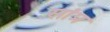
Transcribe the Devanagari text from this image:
सांप्र